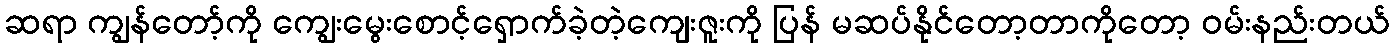
ဆရာ ကျွန်တော့်ကို ကျွေးမွေးစောင့်ရှောက်ခဲ့တဲ့ကျေးဇူးကို ပြန် မဆပ်နိုင်တော့တာကိုတော့ ဝမ်းနည်းတယ်